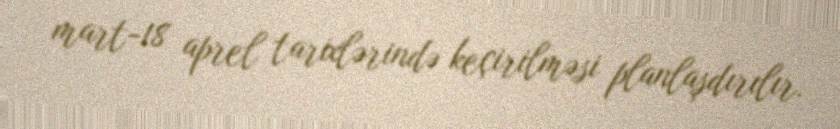
mart-18 aprel tarixlərində keçirilməsi planlaşdırılır.